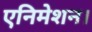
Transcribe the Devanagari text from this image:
एनिमेशन।